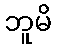
ဘူမိ